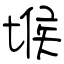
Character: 堠